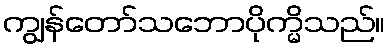
ကျွန်တော်သဘောပိုက္မိသည်။